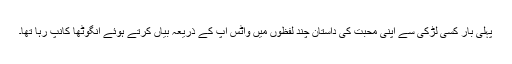
پہلی بار کسی لڑکی سے اپنی محبت کی داستان چند لفظوں میں واٹس اپ کے ذریعہ بیاں کرتے ہوئے انگوٹھا کانپ رہا تھا۔